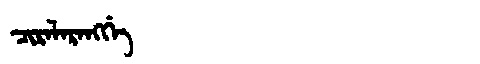
Manchu: ᠴᡳᡵᠠᠯᠠᡵᠠᠩᡤᡝ
Romanization: CIRALARANGGE